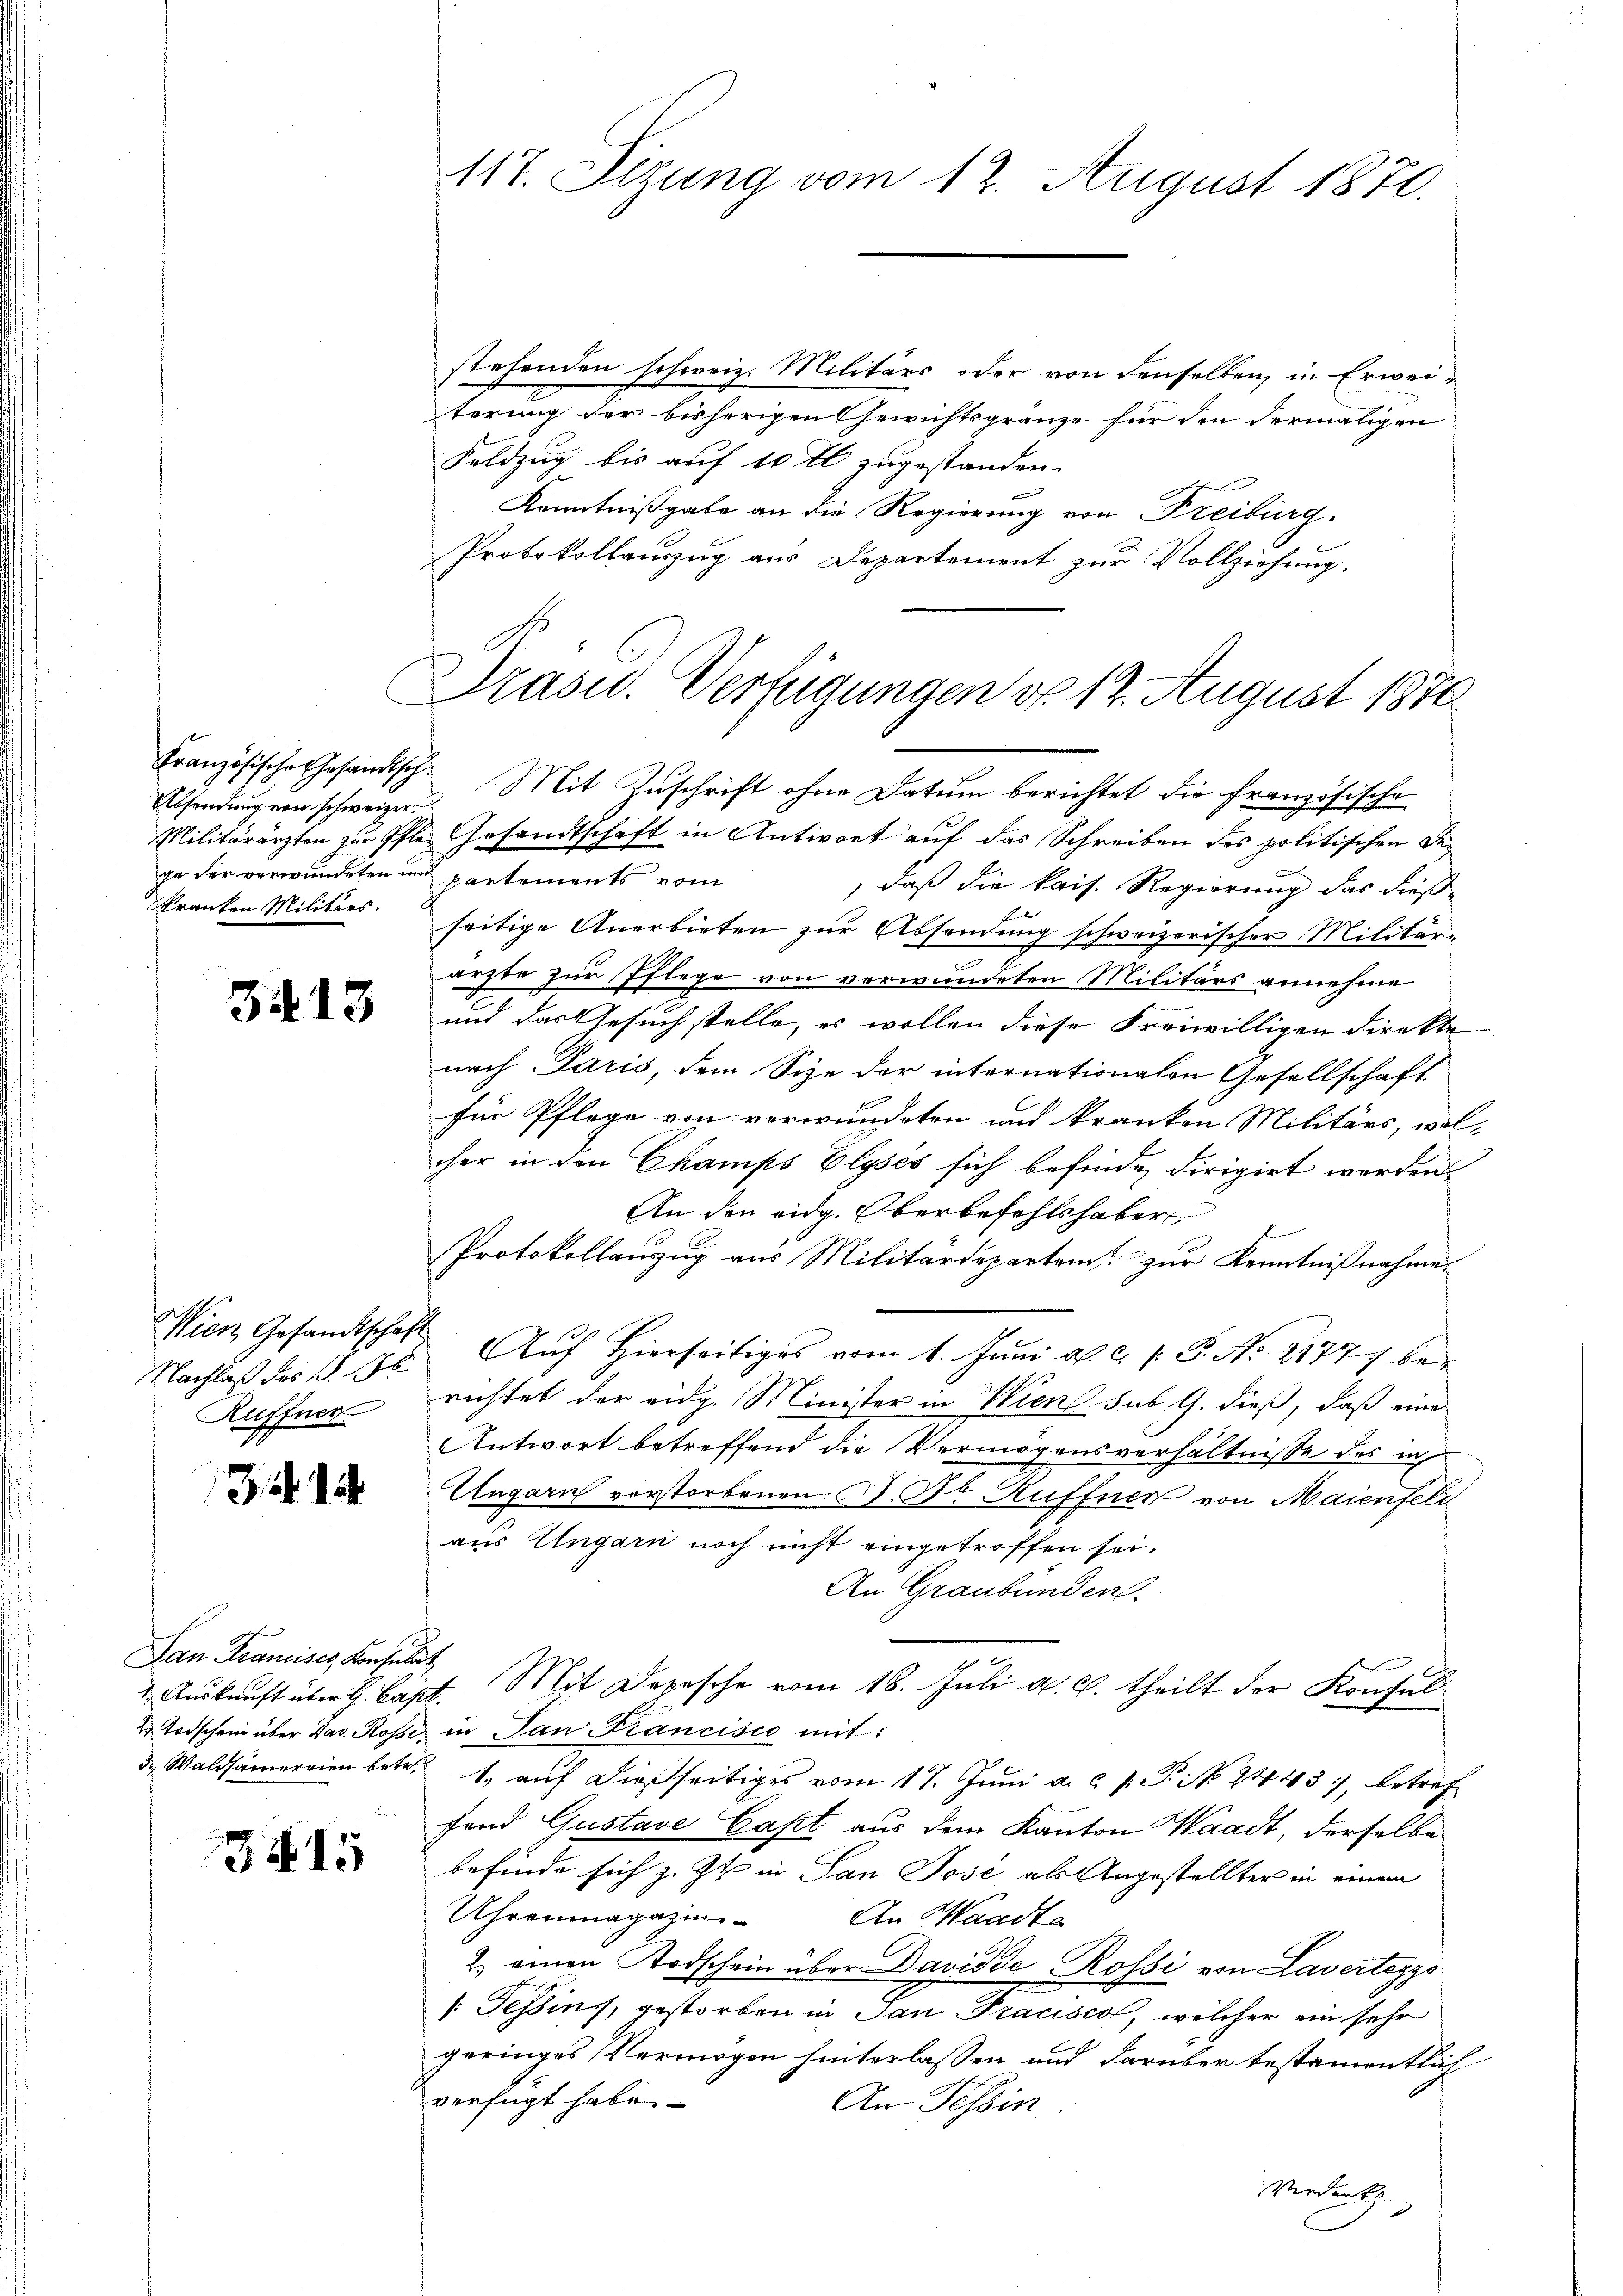
Absendung von schweizer¬
Militärärzten zur Pflega der verwundeten und
kranken Militärs.

3413

Wien Gesandtschaft
Nachlaß des §. 18
Ruffner

3

Lan Krancises, Konsulat
d. Waldsamerien betr.

3415

stehenden schweiz. Militärs oder von denselben in Erweiterung der bisherigen Gewichtsgränze für den dermaligen
Feldzug bis auf 10 fl zugestanden.
Kenntnißgabe an die Regierung von Freiburg.
Protokollauszug aus Departement zur Vollziehung.
Prasus. Verfügungen d. 12. August 1870

117. Sizung vom 12. August 1870.

Französische Gesandtsch Mit Zŭschrift ohne Datum berichtet die französische

Gesandtschaft in Antwort auf das Schreiben des politischen Departements vom
, daß die kais. Regierung das dieß-
seitige Anerbieten zur Absondung schweizerischer Militärarzte zur Pflege von verwundeten Militärs annehme
und das Gesuch stelle, es wollen diese Freiwilligen direkte
nach Paris, dem Size der internationalen Gesellschaft
für Pflege von verwundeten und kranken Militärs, wel-
cher in den Champs Elysés sich befinde dirigirt werden.
An den eidg. Oberbefehlshaber
Protokollanzug aus Militärdepartem zur Kenntnißnahme.
Auf Hierseitiges vom 1. Juni a. c. 1 S. Nr. 2177 berichtet der eidg. Minister in Wien sub. G. dieß, daß eine
Antwort betreffend die Vermögensverhältnisse des in
Ungarn verstorbenen M. Dr Kuffner von Maienfeld
aus Ungarn noch nicht eingetroffen sei.
An Graubünden.
1. Auskunft über H. Capt. Mit Depesche vom 18. Juli a. c. theilt der Konsul
2. Todschen über Jav. Rosse in San Francisco mit:
1. auf dießseitiges vom 17. Juni a. a. p. P. No. 2443), betref
fond Gustave Caset aus dem Kanton Waadt, derselbe
befinde sich z. Zt. in San Jose als Angestellter in einem
Uhrenmagazin. An Waadt
2. einen Todschein über Davidde-Rossi von Lavertezzo
s Tessins, gestorben in San-Tracisco, welcher ein sehr
geringes Vermögen hinterlassen und darüber bestamentlich
verfügt habe.
An Tessin
Verdanks